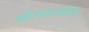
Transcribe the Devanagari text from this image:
महिसासुरमर्दिनी